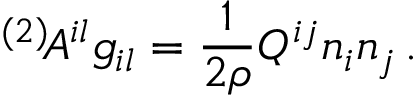
^ { ( 2 ) } \! { \cal A } ^ { i l } g _ { i l } = \frac 1 { 2 \rho } Q ^ { i j } n _ { i } n _ { j } \, .